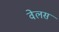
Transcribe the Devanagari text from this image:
वेलस